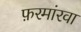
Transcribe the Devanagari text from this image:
फ़रमांरवा